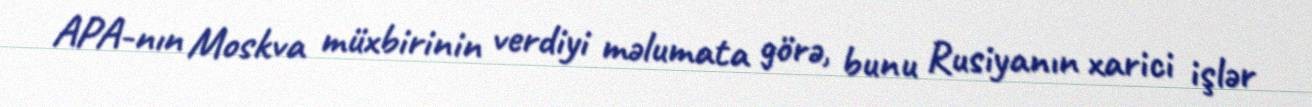
APA-nın Moskva müxbirinin verdiyi məlumata görə, bunu Rusiyanın xarici işlər